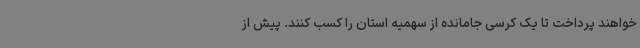
خواهند پرداخت تا یک کرسی جامانده از سهمیه استان را کسب کنند. پیش از